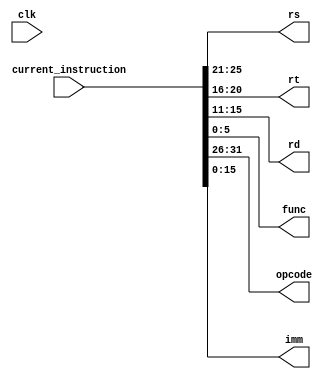
`timescale 1ns / 1ps
//////////////////////////////////////////////////////////////////////////////////
// Company: 
// Engineer: 
// 
// Design Name: 
// Module Name: decoder
// Project Name: 
// Target Devices: 
// Tool Versions: 
// Description: 
// 
// Dependencies: 
// 
// Revision:
// Revision 0.01 - File Created
// Additional Comments:
// 
//////////////////////////////////////////////////////////////////////////////////


module decoder(
    input clk,
    input [31:0] current_instruction,
    output [4:0] rs, rt, rd,
    output [5:0] func, opcode, //    ,      I  R
    output [15:0] imm //       I
);
//      rs  rt     
assign rs = current_instruction[25:21];
assign rt = current_instruction[20:16];

//      rd, func, opcode  imm
assign opcode = current_instruction[31:26]; //     

assign rd = current_instruction[15:11];
assign func = current_instruction[5:0];
assign imm = current_instruction[15:0];

/*
// ,     R
wire isTypeR = (opcode == 6'b000000);
assign rd = isTypeR ? current_instruction[15:11] : 5'b0; // rd    R
assign func = isTypeR ? current_instruction[5:0] : 6'b0; // func    R
assign imm = isTypeR ? 16'b0 : current_instruction[15:0]; // imm    I
*/
endmodule